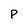
Character: p